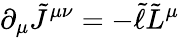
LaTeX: \partial_{\mu}\tilde{J}^{\mu\nu}=-\tilde{\ell}\tilde{L}^{\mu}